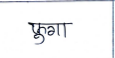
मजकूर: फुगा